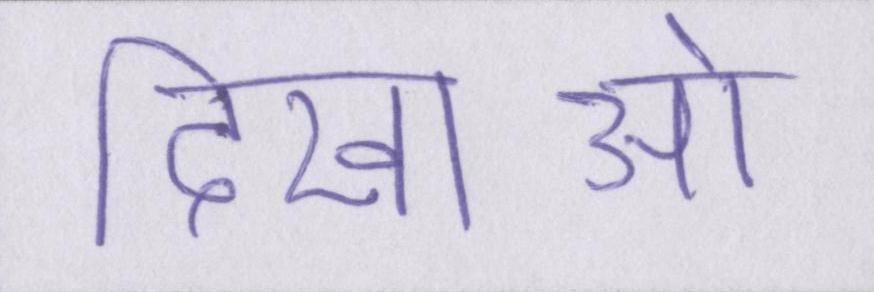
दिखाओ